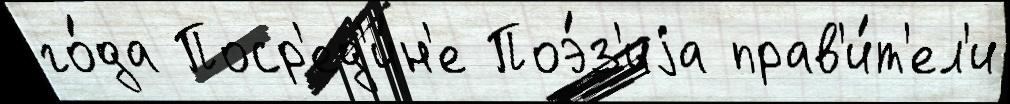
го́да Поср'ед'и́н'е Поэ́з'иjа прав'и́т'ел'и